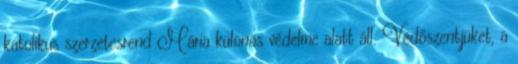
katolikus szerzetesrend Mária különös védelme alatt áll. Védőszentjüket, a